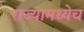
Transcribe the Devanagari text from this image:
राज्यामध्येच